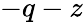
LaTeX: -q-z